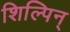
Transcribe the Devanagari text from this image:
शिल्पिन्